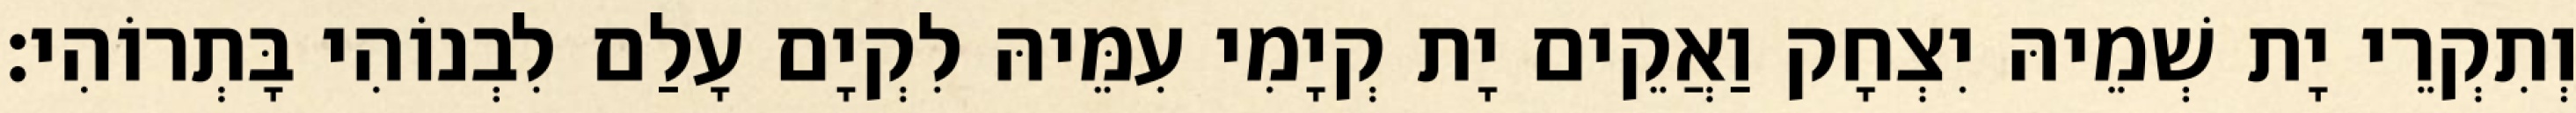
וְתִקְרֵי יָת שְׁמֵיהּ יִצְחָק וַאֲקֵים יָת קְיָמִי עִמֵּיהּ לִקְיָם עָלַם לִבְנוֹהִי בָּתְרוֹהִי׃